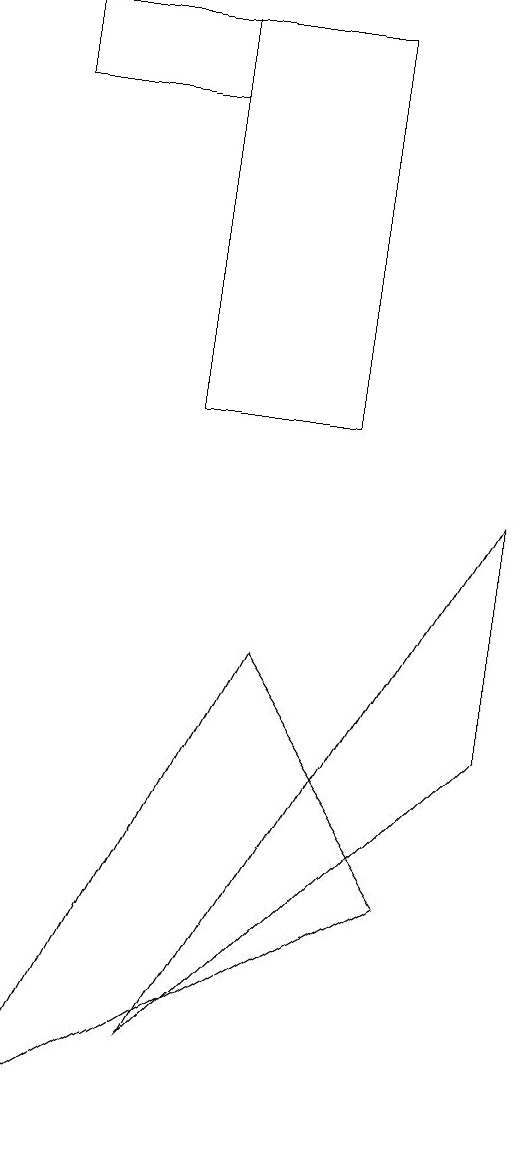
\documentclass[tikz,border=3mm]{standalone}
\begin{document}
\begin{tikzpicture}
\draw (7,6) -- (7,9) -- (3,2) -- cycle;
\draw (1,15) rectangle (3,14);
\draw (3,15) rectangle (5,10);
\draw (6,4) -- (4,7) -- (1,1) -- cycle;
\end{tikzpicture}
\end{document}